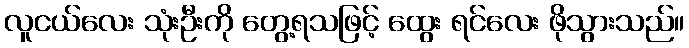
လူငယ်လေး သုံးဦးကို တွေ့ရသဖြင့် ထွေး ရင်လေး ဖိုသွားသည်။